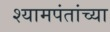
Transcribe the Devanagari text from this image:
श्यामपंतांच्या